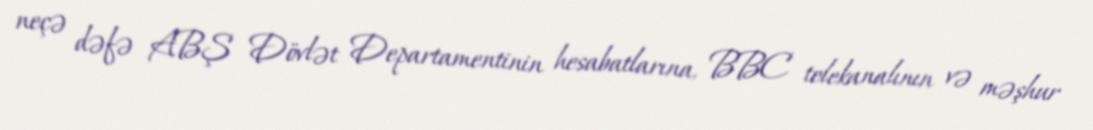
neçə dəfə ABŞ Dövlət Departamentinin hesabatlarına, BBC telekanalının və məşhur